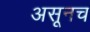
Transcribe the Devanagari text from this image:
असूनच